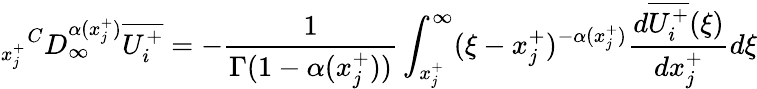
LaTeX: {_{x_{j}^{+}}}^{C}D_{\infty}^{\alpha(x_{j}^{+})}\overline{{U_{i}^{+}}}=-\frac{1}{\Gamma(1-\alpha(x_{j}^{+}))}\int_{x_{j}^{+}}^{\infty}(\xi-x_{j}^{+})^{-\alpha(x_{j}^{+})}\frac{d\overline{{U_{i}^{+}}}(\xi)}{dx_{j}^{+}}d\xi